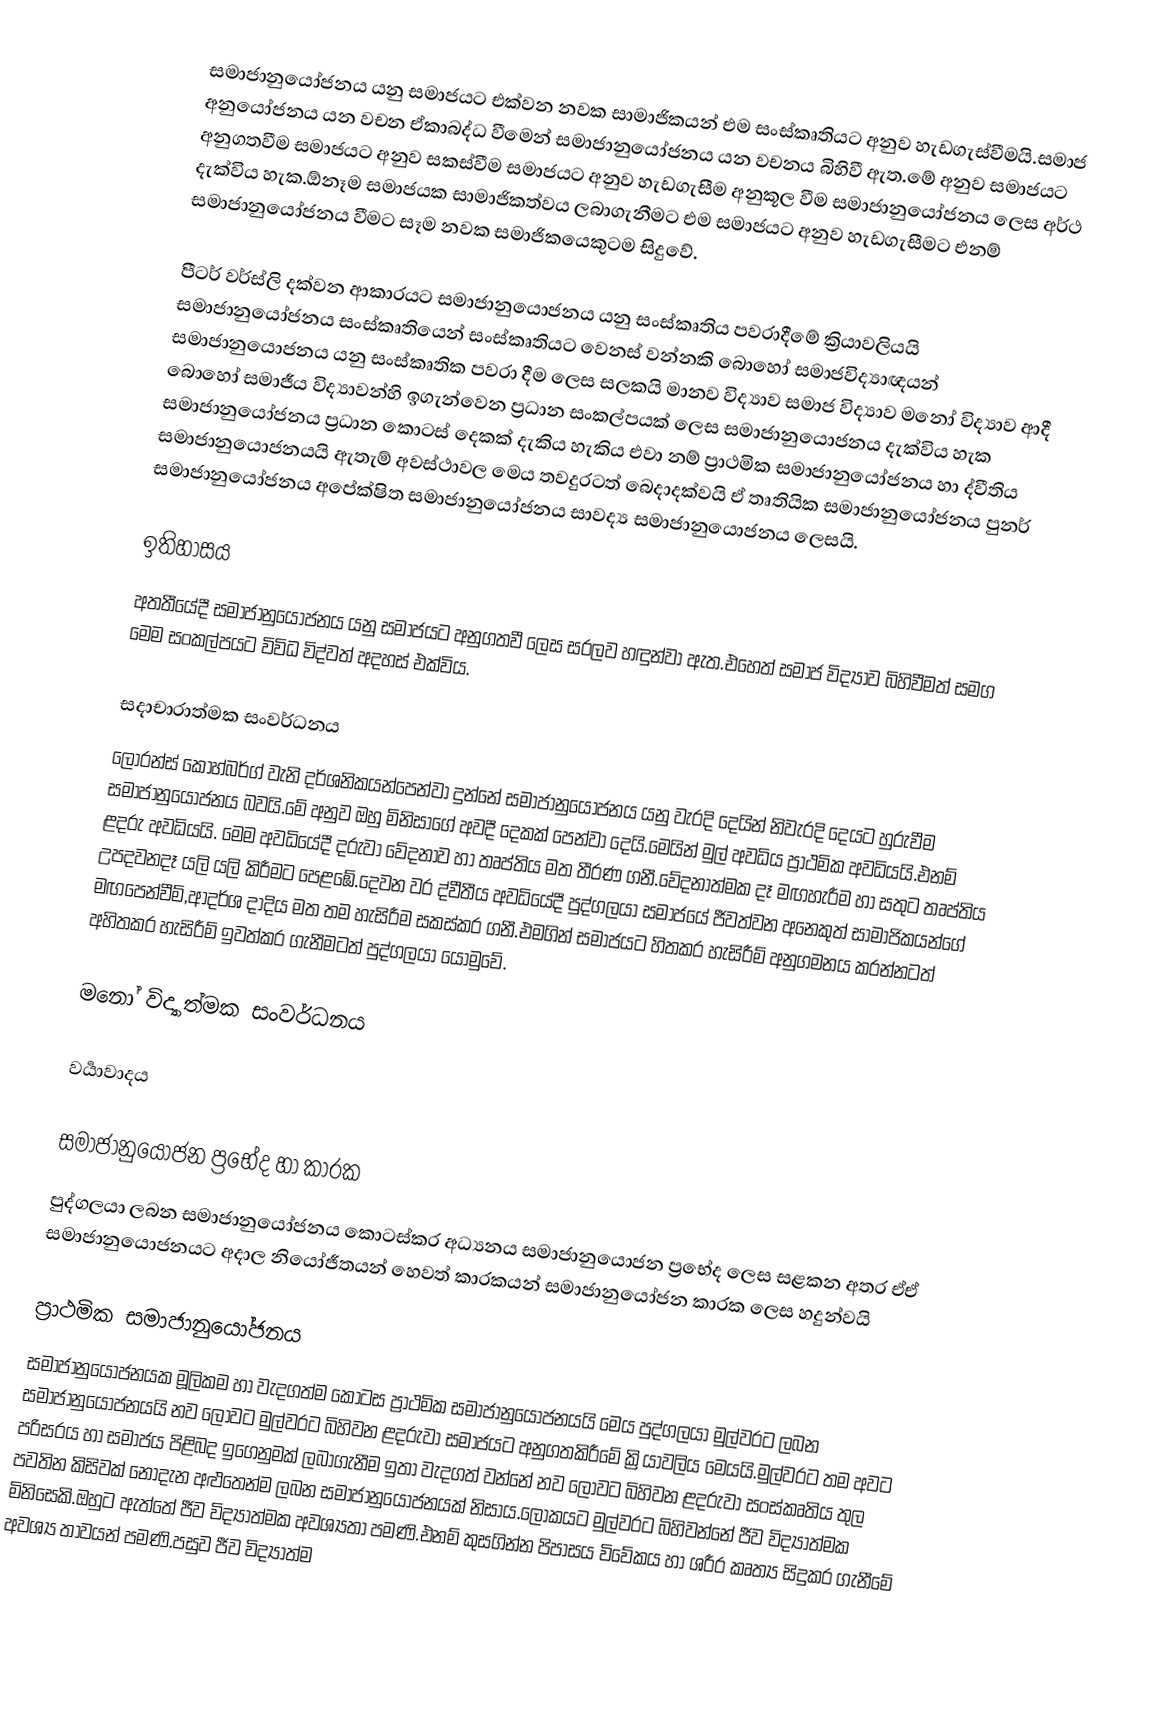
සමාජානුයෝජනය යනු සමාජයට එක්වන නවක සාමාජිකයන් එම සංස්කෘතියට අනුව හැඩගැස්වීමයි.සමාජ අනුයෝජනය යන වචන ඒකාබද්ධ වීමෙන් සමාජානුයෝජනය යන වචනය බිහිවී ඇත.මේ අනුව සමාජයට අනුගතවීම සමාජයට අනුව සකස්වීම සමාජයට අනුව හැඩගැසීම අනුකූල වීම සමාජානුයෝජනය ලෙස අර්ථ දැක්විය හැක.ඕනෑම සමාජයක සාමාජිකත්වය ලබාගැනීමට එම සමාජයට අනුව හැඩගැසීමට එනම් සමාජානුයෝජනය වීමට සෑම නවක සමාජිකයෙකුටම සිදුවේ.

 පීටර් වර්ස්ලි දක්වන ආකාරයට සමාජානුයොජනය යනු සංස්කෘතිය පවරාදීමේ ක්‍රියාවලියයි සමාජානුයෝජනය සංස්කෘතියෙන් සංස්කෘතියට වෙනස් වන්නකි බොහෝ සමාජවිද්‍යාඥයන් සමාජානුයොජනය යනු සංස්කෘතික පවරා දීම ලෙස සලකයි මානව විද්‍යාව සමාජ විද්‍යාව මනෝ විද්‍යාව ආදී බොහෝ සමාජීය විද්‍යාවන්හි ඉගැන්වෙන ප්‍රධාන සංකල්පයක් ලෙස සමාජානුයොජනය දැක්විය  හැක සමාජානුයෝජනය ප්‍රධාන කොටස් දෙකක් දැකිය හැකිය එවා නම් ප්‍රාථමික සමාජානුයෝජනය හා ද්වීතිය සමාජානුයොජනයයි ඇතැම් අවස්ථාවල මෙය තවදුරටත් බෙදාදක්වයි ඒ තෘතියික සමාජානුයෝජනය පුනර් සමාජානුයෝජනය අපේක්ෂිත සමාජානුයෝජනය සාවද්‍ය සමාජානුයොජනය ලෙසයි.

ඉතිහාසය
අතතීයේදී සමාජානුයෝජනය යනු සමාජයට අනුගතවී ලෙස සරලව හඳුන්වා ඇත.එහෙත් සමාජ විද්‍යාව බිහිවීමත් සමග මෙම සංකල්පයට විවිධ විද්වත් අදහස් එක්විය.

සදාචාරාත්මක සංවර්ධනය
ලෝරන්ස් කොහ්බර්ග් වැනි දර්ශනිකයන්පෙන්වා දුන්නේ සමාජානුයෝජනය යනු වැරදි දෙයින් නිවැරදි දෙයට හුරුවීම සමාජානුයෝජනය බවයි.මේ අනුව ඔහු මිනිසාගේ අවදී දෙකක් පෙන්වා දෙයි.මෙයින් මුල් අවධිය ප්‍රාථමික අවධියයි.එනම් ළදරු අවධියයි. මෙම අවධියේදී දරුවා වේදනාව හා තෘප්තිය මත තීරණ ගනී.වේදනාත්මක දෑ මඟහැරීම හා සතුට තෘප්තිය උපදවනදෑ යලි යලි කිරීමට පෙළඹේ.දෙවන වර ද්වීතීය අවධියේදී පුද්ගලයා  සමාජයේ ජීවත්වන අනෙකුත් සාමාජිකයන්ගේ මඟපෙන්වීම්,ආදර්ශ දාදිය මත තම හැසිරීම සකස්කර ගනී.එමගින්  සමාජයට හිතකර හැසිරීම් අනුගමනය කරන්නටත් අහිතකර හැසිරීම් ඉවත්කර ගැනීමටත් පුද්ගලයා  යොමුවේ.

මනෝ විද්‍යාත්මක සංවර්ධනය

වර්‍යාවාදය

සමාජානුයෝජන ප්‍රභේද හා කාරක
පුද්ගලයා ලබන සමාජානුයෝජනය කොටස්කර අධ්‍යනය සමාජානුයොජන ප්‍රභේද ලෙස සළකන අතර ඒඒ සමාජානුයොජනයට අදාල නියෝජීතයන් හෙවත් කාරකයන් සමාජානුයෝජන කාරක ලෙස හදුන්වයි

ප්‍රාථමික සමාජානුයෝජනය
සමාජානුයෝජනයක මූලිකම හා වැදගත්ම කොටස ප්‍රාථමික සමාජානුයෝජනයයි මෙය පුද්ගලයා මුල්වරට ලබන සමාජානුයෝජනයයි නව ලොවට මුල්වරට බිහිවන ළදරුවා සමාජයට අනුගතකිරීමේ ක්‍රියාවලිය මෙයයි.මුල්වරට තම අවට පරිසරය හා සමාජය පිළිබද ඉගෙනුමක් ලබාගැනීම ඉතා වැදගත් වන්නේ නව ලොවට බිහිවන ළදරුවා සංස්කෘතිය තුල පවතින කිසිවක් නොදැන අළුතෙන්ම ලබන සමාජානුයොජනයක් නිසාය.ලොකයට මුල්වරට බිහිවන්නේ ජීව විද්‍යාත්මක මිනිසෙකි.ඔහුට ඇත්තේ ජීව විද්‍යාත්මක අවශ්‍යතා පමණි.එනම් කුසගින්න පිපාසය විවේකය හා ශරීර කෘත්‍ය සිදුකර ගැනීමේ අවශ්‍ය තාවයන් පමණි.පසුව ජීව විද්‍යාත්ම